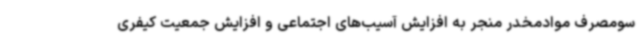
سومصرف موادمخدر منجر به افزایش آسیب‌های اجتماعی و افزایش جمعیت کیفری